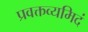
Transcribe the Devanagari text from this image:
प्रवक्तव्यमिदं